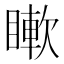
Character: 𥊡